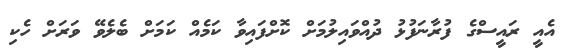
އެއީ ރައީސްގެ ފުރާނަފުޅު ދުއްވައިލުމަށް ކޮށްފައިވާ ކަމެއް ކަމަށް ބެލެވޭ ވަރަށް ހެކި